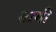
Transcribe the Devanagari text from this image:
तायी